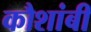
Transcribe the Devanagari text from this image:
कौशांबीं